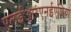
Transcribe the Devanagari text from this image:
एलईआरएनईएशिया